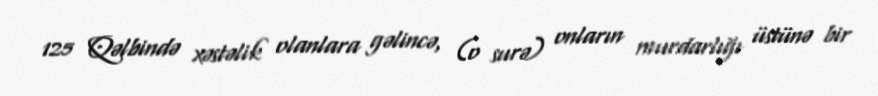
125 Qəlbində xəstəlik olanlara gəlincə, (o surə) onların murdarlığı üstünə bir